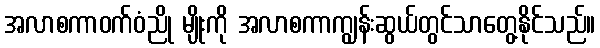
အလာစကာဝက်ဝံညို မျိုးကို အလာစကာကျွန်းဆွယ်တွင်သာတွေ့နိုင်သည်။